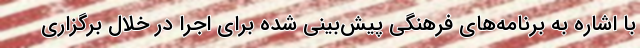
با اشاره به برنامه‌های فرهنگی پیش‌بینی شده برای اجرا در خلال برگزاری